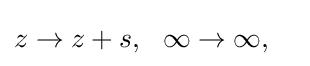
z\rightarrow z+s,\ \ \infty \rightarrow \infty ,\quad